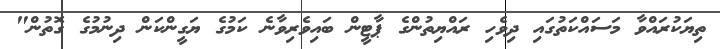
ތިޔަކުރައްވާ މަސައްކަތުގައި ދިވެހި ރައްޔިތުންގެ ޕާޓީން ބައިވެރިވާނެ ކަމުގެ ޔަގީންކަން ދިނުމުގެ ގޮތުން"